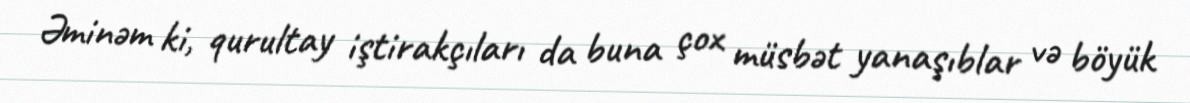
Əminəm ki, qurultay iştirakçıları da buna çox müsbət yanaşıblar və böyük